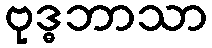
ဗုဒ္ဓဘာသာ